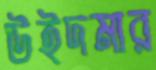
উইদমার